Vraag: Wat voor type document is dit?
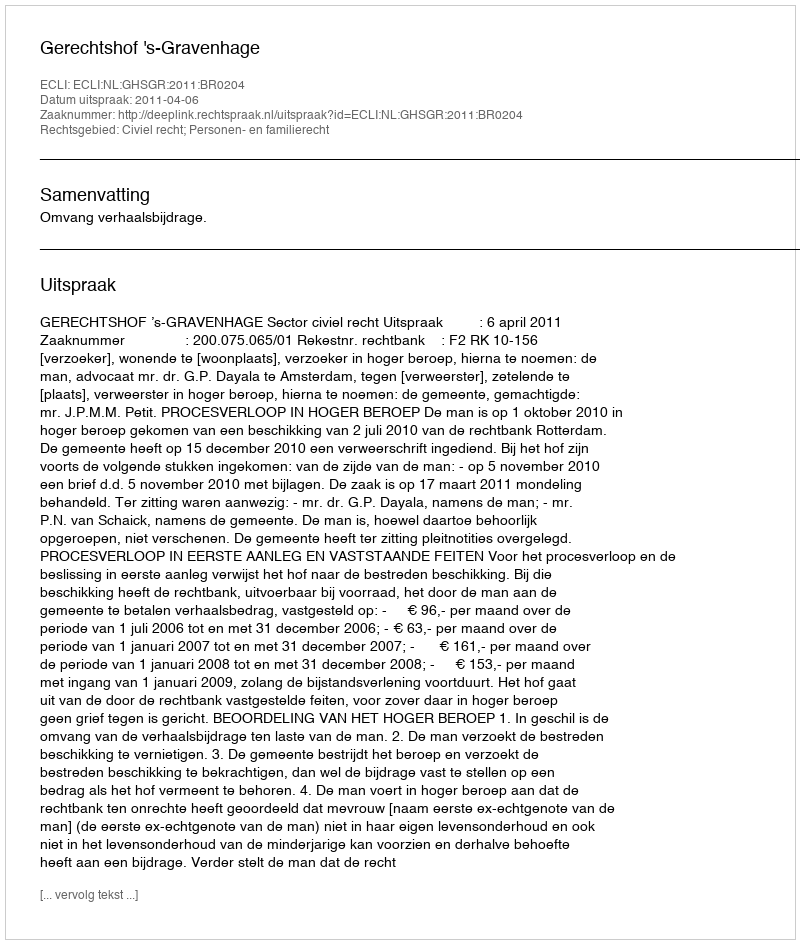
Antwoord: Uitspraak